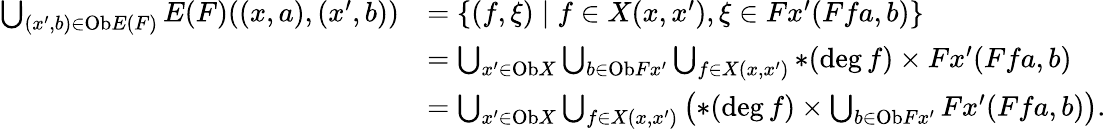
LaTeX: \begin{array}{rl}{\bigcup_{(x^{\prime},b)\in\mathrm{Ob}E(F)}E(F)((x,a),(x^{\prime},b))}&{=\{ (f,\xi)\mid f\in X(x,x^{\prime}),\xi\in Fx^{\prime}(Ffa,b)\} }\\ &{=\bigcup_{x^{\prime}\in\mathrm{Ob}X}\bigcup_{b\in\mathrm{Ob}Fx^{\prime}}\bigcup_{f\in X(x,x^{\prime})}\ast(\deg f)\times Fx^{\prime}(Ffa,b)}\\ &{=\bigcup_{x^{\prime}\in\mathrm{Ob}X}\bigcup_{f\in X(x,x^{\prime})}\left(\ast(\deg f)\times\bigcup_{b\in\mathrm{Ob}Fx^{\prime}}Fx^{\prime}(Ffa,b)\right).}\end{array}